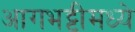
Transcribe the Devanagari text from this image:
आगभट्टीमध्ये